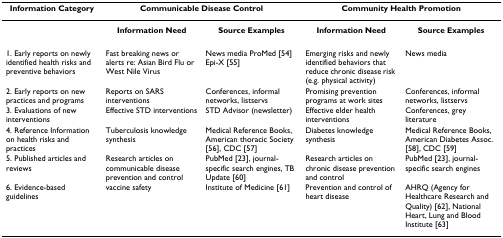
<table><thead><tr><td><b>Information Category</b></td><td colspan="2"><b>Communicable Disease Control</b></td><td colspan="2"><b>Community Health Promotion</b></td></tr></thead><tbody><tr><td></td><td><b>Information Need</b></td><td><b>Source Examples</b></td><td><b>Information Need</b></td><td><b>Source Examples</b></td></tr><tr><td>1. Early reports on newly identified health risks and preventive behaviors</td><td>Fast breaking news or alerts re: Asian Bird Flu or West Nile Virus</td><td>News media ProMed [54] Epi-X [55]</td><td>Emerging risks and newly identified behaviors that reduce chronic disease risk (e.g. physical activity)</td><td>News media</td></tr><tr><td>2. Early reports on new practices and programs</td><td>Reports on SARS interventions</td><td>Conferences, informal networks, listservs</td><td>Promising prevention programs at work sites</td><td>Conferences, informal networks, listservs</td></tr><tr><td>3. Evaluations of new interventions</td><td>Effective STD interventions</td><td>STD Advisor (newsletter)</td><td>Effective elder health interventions</td><td>Conferences, grey literature</td></tr><tr><td>4. Reference Information on health risks and practices</td><td>Tuberculosis knowledge synthesis</td><td>Medical Reference Books, American thoracic Society [56], CDC [57]</td><td>Diabetes knowledge synthesis</td><td>Medical Reference Books, American Diabetes Assoc. [58], CDC [59]</td></tr><tr><td>5. Published articles and reviews</td><td>Research articles on communicable disease prevention and control</td><td>PubMed [23], journal-specific search engines, TB Update [60]</td><td>Research articles on chronic disease prevention and control</td><td>PubMed [23], journal-specific search engines</td></tr><tr><td>6. Evidence-based guidelines</td><td>vaccine safety</td><td>Institute of Medicine [61]</td><td>Prevention and control of heart disease</td><td>AHRQ (Agency for Healthcare Research and Quality) [62], National Heart, Lung and Blood Institute [63]</td></tr></tbody></table>